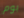
بوم